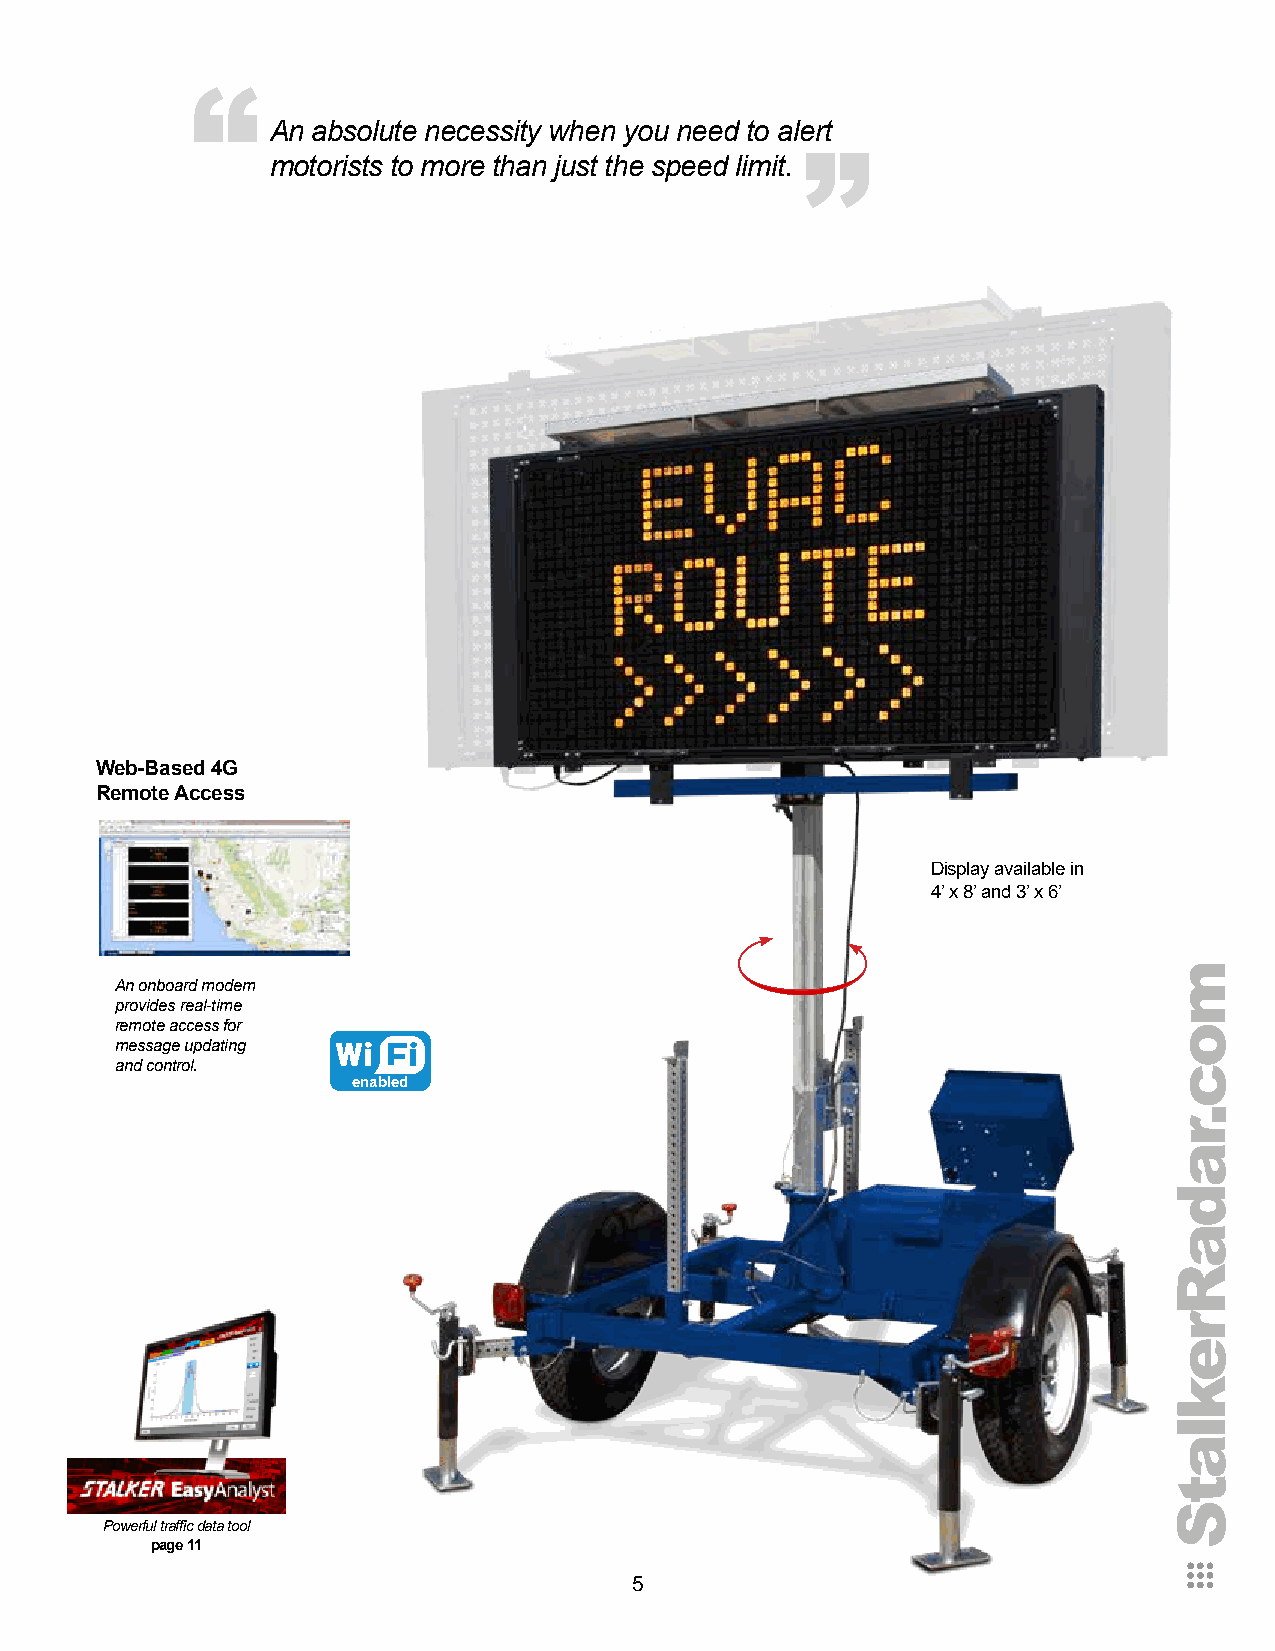
“
 “
 An absolute necessity when you need to alert
 motorists to more than just the speed limit.
 Web-Based 4G
 Remote Access
 Display available in
 4’ x 8’ and 3’ x 6’
 An onboard modem
 provides real-time
 remote access for
 message updating
 and control.
 enabled
 Powerful traffic data tool
 page 11
 5
 moc.radaRreklatS